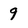
Character: 9